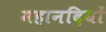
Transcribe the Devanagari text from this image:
महानदियों